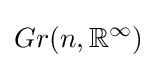
Gr(n,\mathbb {R} ^{\infty })